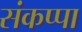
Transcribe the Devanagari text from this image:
संकप्पा